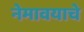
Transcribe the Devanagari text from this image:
नेमावयाचे